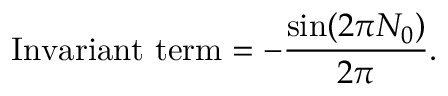
\mathrm { I n v a r i a n t ~ t e r m } = - \frac { \sin ( 2 \pi N _ { 0 } ) } { 2 \pi } .